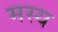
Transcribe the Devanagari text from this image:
मस्य